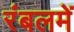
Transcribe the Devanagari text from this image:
रंबलमें